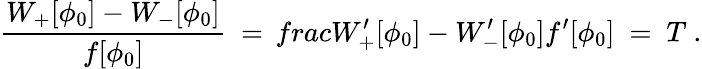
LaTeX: \frac{W_{+}[\phi_{0}]-W_{-}[\phi_{0}]}{f[\phi_{0}]}\ =\, frac{W_{+}^{\prime}[\phi_{0}]-W_{-}^{\prime}[\phi_{0}]}{f^{\prime}[\phi_{0}]}\ =\ T\ .